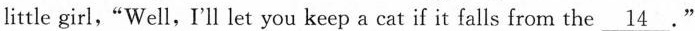
little girl,"Well,I'll let you keep a cat if it falls from \underline 14."